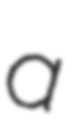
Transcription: a